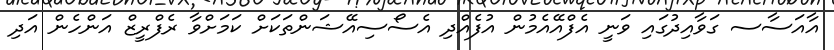
އާއަސާސ ގަވާއިދުގައި ވަނީ އެފްއޭއެމުން އުފެއްދި އެސޯސިއޭޝަންތަކަށް ކަމަށްވާ ރެފްރީޒް އަންހެން އަދި